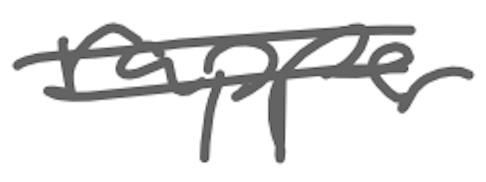
Text: rapper
Cross-out: double-line
Writing tool: digital_gray